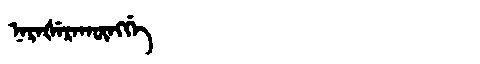
Manchu: ᠨᠠᡵᠠᡧᡝᡵᠠᡴᡡᠩᡤᡝ
Romanization: NARAŠERAKŪNGGE